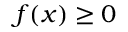
f ( x ) \geq 0